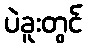
ပဲခူးတွင်